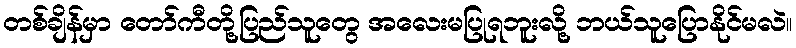
တစ်ချိန်မှာ တော်ကီတို့ပြည်သူတွေ အလေးမပြုရဘူးလို့ ဘယ်သူပြောနိုင်မလဲ။